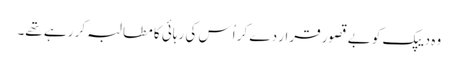
وہ دیپک کو بے قصور قرار دے کر اُس کی رہائی کا مطالبہ کر رہے تھے۔